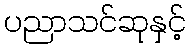
ပညာသင်ဆုနှင့်